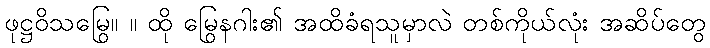
ဖုဋ္ဌဝိသမြွေ။ ။ ထို မြွေနဂါး၏ အထိခံရသူမှာလဲ တစ်ကိုယ်လုံး အဆိပ်တွေ